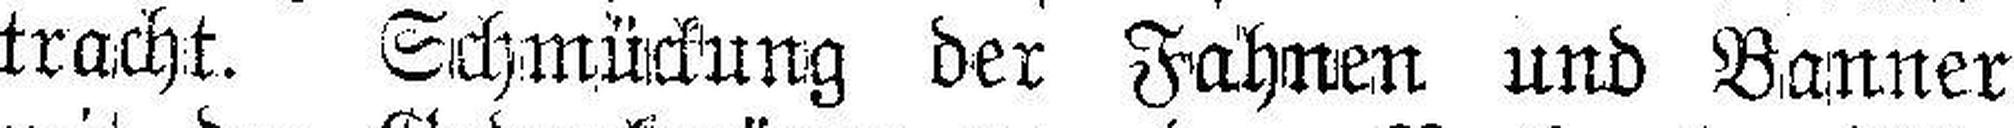
tracht. Schmückung der Fahnen und Banner